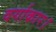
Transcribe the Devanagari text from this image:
वर्गाकार।